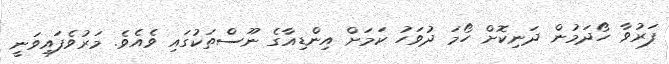
ފަރުވާ ހޯދަމުން ދަނިކޮށް ހޯމަ ދުވަހު ކަމަށް އިންޑިއާގެ ނޫސްތަކުގައި ވެއެވެ. މަރުވެފައިވަނީ